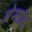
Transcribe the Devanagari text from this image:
ब्रेमाल